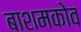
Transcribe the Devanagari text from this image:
बाशमकोव